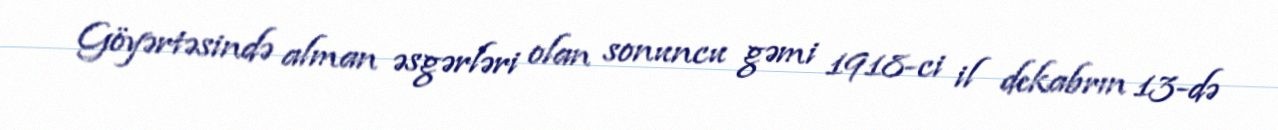
Göyərtəsində alman əsgərləri olan sonuncu gəmi 1918-ci il dekabrın 13-də